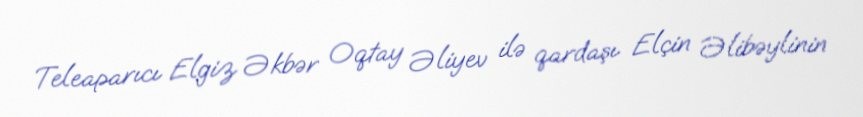
Teleaparıcı Elgiz Əkbər Oqtay Əliyev ilə qardaşı Elçin Əlibəylinin